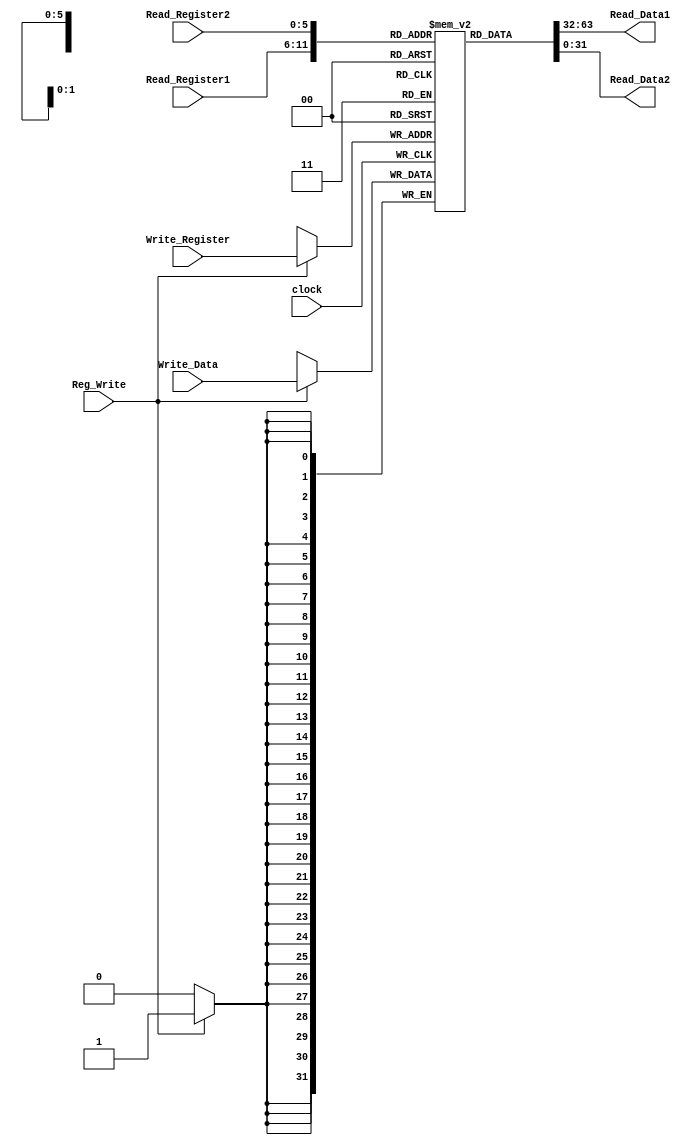
module Registers_Bank(Read_Register1,Read_Register2,Write_Register,Write_Data,Reg_Write,Read_Data1,Read_Data2,clock); 

	input [5:0] Read_Register1;
	input [5:0] Read_Register2;
	input [5:0] Write_Register;
	input [31:0] Write_Data;
	input Reg_Write; //Sinal da unidade de controle
	input clock;
	
	reg [31:0] Registers_Bank[63:0];

	
	output [31:0] Read_Data1;
	output [31:0] Read_Data2;


	
	initial
		begin
			Registers_Bank[0] = 0; // Seguindo a mesma ideia do MIPS, o primeiro registrador foi setado como 0
		end
		
			
	assign Read_Data1 = Registers_Bank[Read_Register1]; 
	assign Read_Data2 = Registers_Bank[Read_Register2];

	
	
	// A escrita  sequencial ( est no always abaixo) e a leitura  combinacional (est no assign acima)
	
	
	always @(posedge clock) //  clock dividido de 1sg, clock do sistema, clock principal
	
	begin
			
		if(Reg_Write)
		
			Registers_Bank[Write_Register] <= Write_Data;
			
	end


	
endmodule